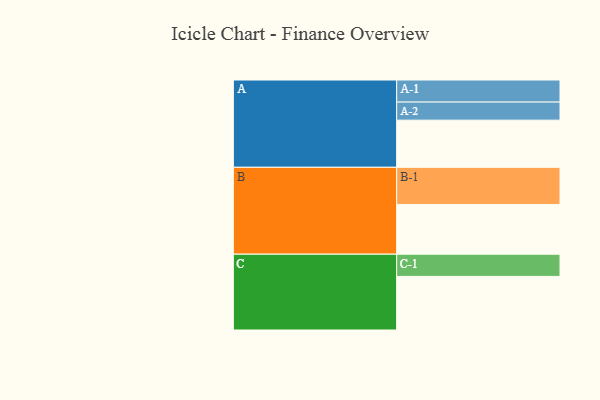
{"axis": {"x": "Segment", "y": "Value"}, "legend": ["", "A", "B", "C"], "data": [{"x": "A", "y": 344, "type": ""}, {"x": "B", "y": 363, "type": ""}, {"x": "C", "y": 391, "type": ""}, {"x": "A-1", "y": 161, "type": "A"}, {"x": "A-2", "y": 132, "type": "A"}, {"x": "B-1", "y": 271, "type": "B"}, {"x": "C-1", "y": 162, "type": "C"}]}